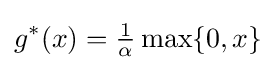
g^{*}(x)={\tfrac {1}{\alpha }}\max\{0,x\}